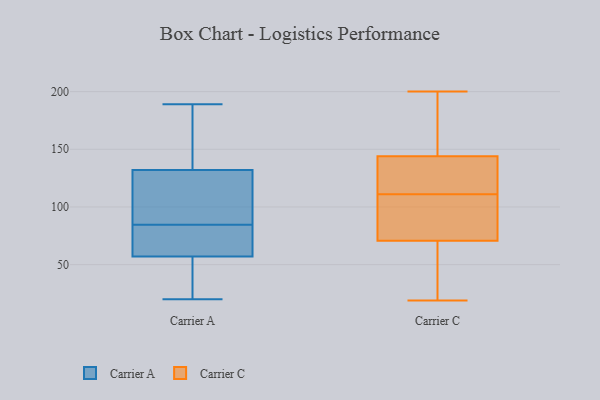
{"axis": {"x": "Revenue (USD Million)", "y": "Value"}, "legend": ["Carrier A", "Carrier C"], "data": [{"x": "", "y": 20, "type": "Carrier A"}, {"x": "", "y": 74, "type": "Carrier A"}, {"x": "", "y": 46, "type": "Carrier A"}, {"x": "", "y": 144, "type": "Carrier A"}, {"x": "", "y": 132, "type": "Carrier A"}, {"x": "", "y": 100, "type": "Carrier A"}, {"x": "", "y": 31, "type": "Carrier A"}, {"x": "", "y": 86, "type": "Carrier A"}, {"x": "", "y": 59, "type": "Carrier A"}, {"x": "", "y": 67, "type": "Carrier A"}, {"x": "", "y": 166, "type": "Carrier A"}, {"x": "", "y": 57, "type": "Carrier A"}, {"x": "", "y": 83, "type": "Carrier A"}, {"x": "", "y": 29, "type": "Carrier A"}, {"x": "", "y": 115, "type": "Carrier A"}, {"x": "", "y": 86, "type": "Carrier A"}, {"x": "", "y": 189, "type": "Carrier A"}, {"x": "", "y": 160, "type": "Carrier A"}, {"x": "", "y": 131, "type": "Carrier C"}, {"x": "", "y": 19, "type": "Carrier C"}, {"x": "", "y": 180, "type": "Carrier C"}, {"x": "", "y": 200, "type": "Carrier C"}, {"x": "", "y": 186, "type": "Carrier C"}, {"x": "", "y": 116, "type": "Carrier C"}, {"x": "", "y": 111, "type": "Carrier C"}, {"x": "", "y": 84, "type": "Carrier C"}, {"x": "", "y": 67, "type": "Carrier C"}, {"x": "", "y": 96, "type": "Carrier C"}, {"x": "", "y": 72, "type": "Carrier C"}, {"x": "", "y": 132, "type": "Carrier C"}, {"x": "", "y": 58, "type": "Carrier C"}]}